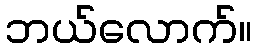
ဘယ်လောက်။